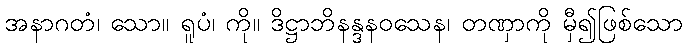
အနာဂတံ၊ သော။ ရူပံ၊ ကို။ ဒိဋ္ဌာဘိနန္ဒနဝသေန၊ တဏှာကို မှီ၍ဖြစ်သော